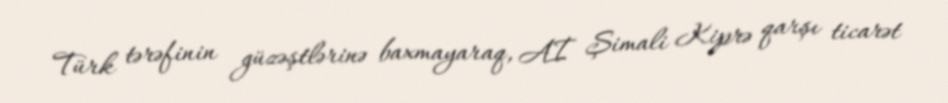
Türk tərəfinin güzəştlərinə baxmayaraq, Aİ Şimali Kiprə qarşı ticarət